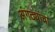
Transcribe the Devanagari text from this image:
अंगठ्यांचा